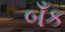
બઁક